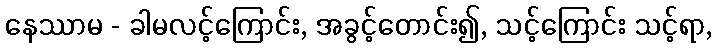
နေဿာမ - ခါမလင့်ကြောင်း, အခွင့်တောင်း၍, သင့်ကြောင်း သင့်ရာ,